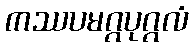
ကဿပမဂ္ဂပုဂ္ဂလံ